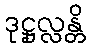
ဒုဋ္ဌုလ္လန္တိ